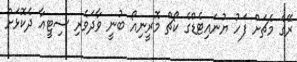
ރޭގެ މެޗަށް ފަހު ޔުނައިޓެޑްގެ ކޯޗް މޮރީނިއޯ ބުނީ ވާދަވެރި ސިޓީއާ ދެކޮޅަށް